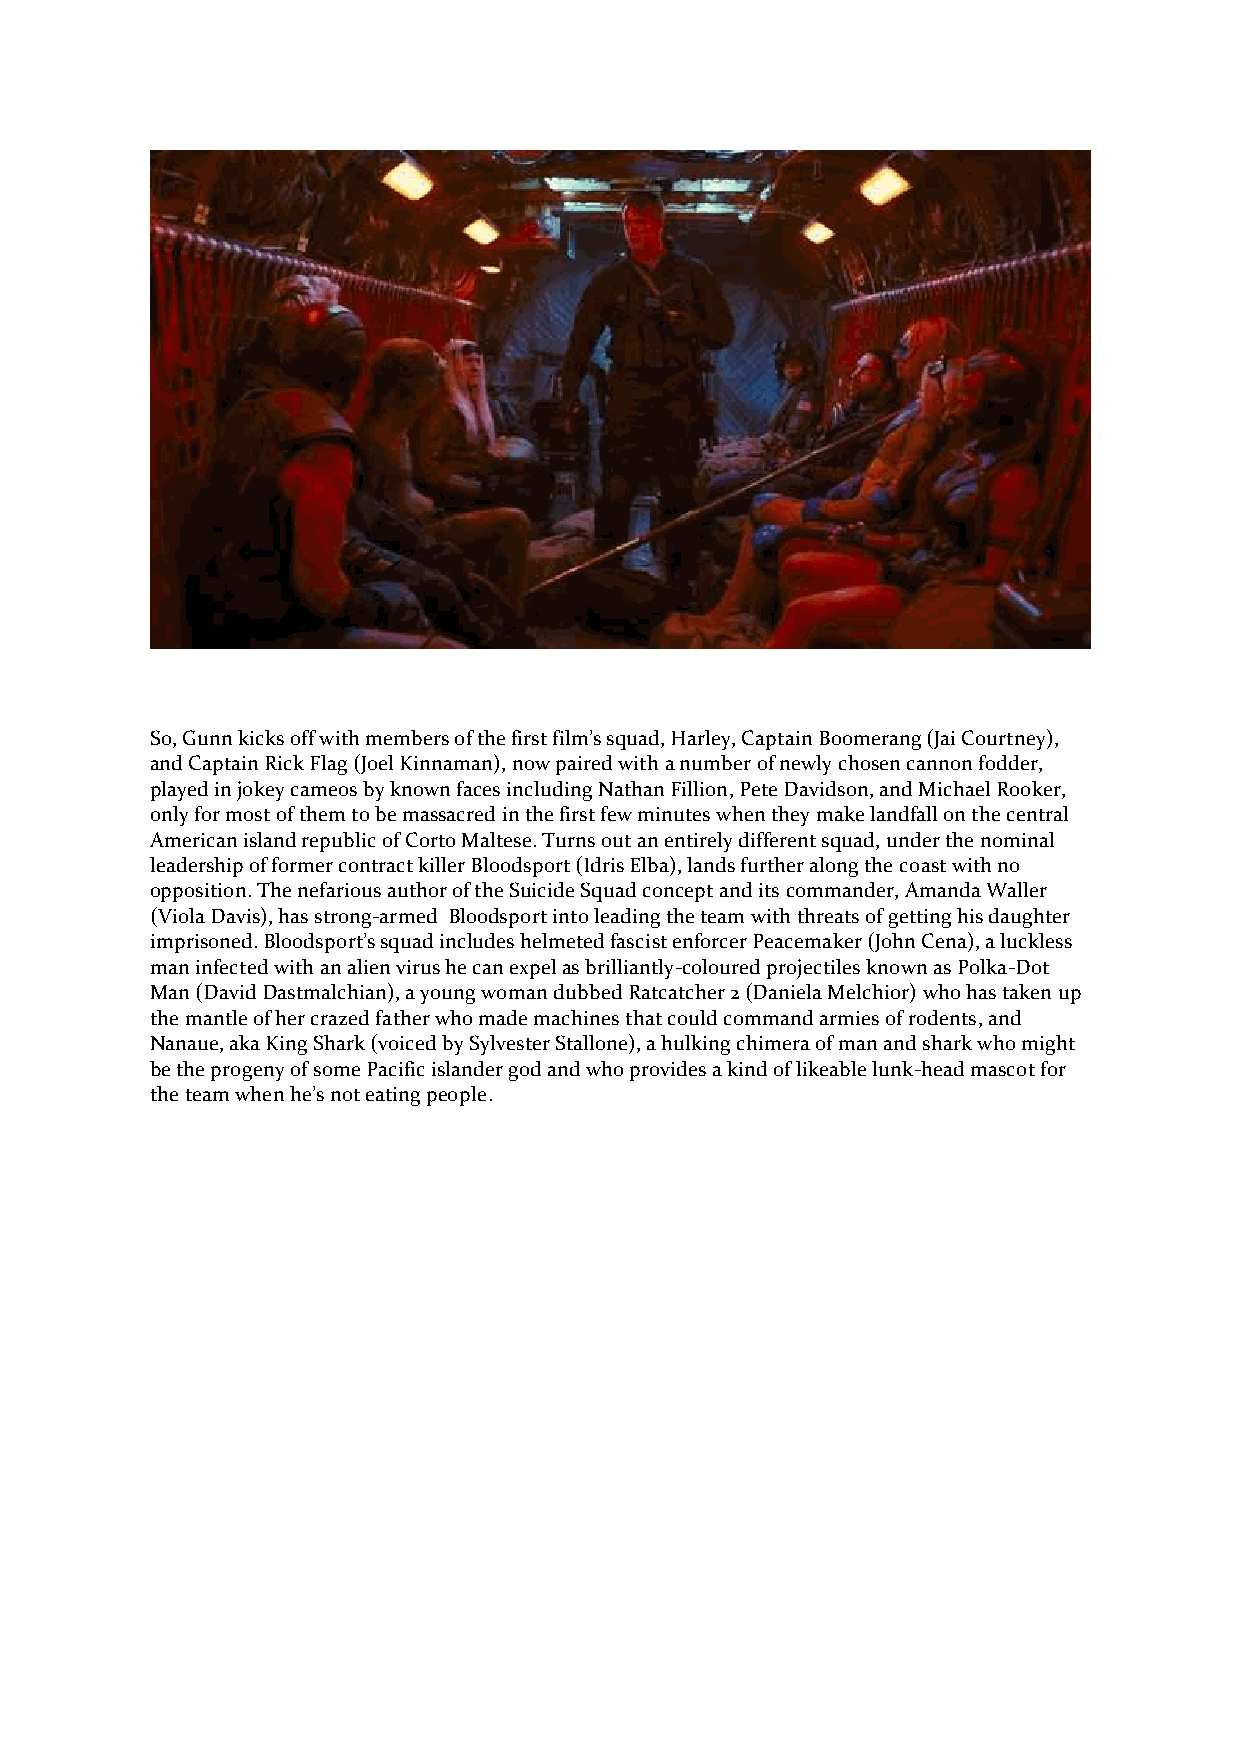
So, Gunn kicks off with members of the first film’s squad, Harley, Captain Boomerang (Jai Courtney),
 and Captain Rick Flag (Joel Kinnaman), now paired with a number of newly chosen cannon fodder,
 played in jokey cameos by known faces including Nathan Fillion, Pete Davidson, and Michael Rooker,
 only for most of them to be massacred in the first few minutes when they make landfall on the central
 American island republic of Corto Maltese. Turns out an entirely different squad, under the nominal
 leadership of former contract killer Bloodsport (Idris Elba), lands further along the coast with no
 opposition. The nefarious author of the Suicide Squad concept and its commander, Amanda Waller
 (Viola Davis), has strong-armed Bloodsport into leading the team with threats of getting his daughter
 imprisoned. Bloodsport’s squad includes helmeted fascist enforcer Peacemaker (John Cena), a luckless
 man infected with an alien virus he can expel as brilliantly-coloured projectiles known as Polka-Dot
 Man (David Dastmalchian), a young woman dubbed Ratcatcher 2 (Daniela Melchior) who has taken up
 the mantle of her crazed father who made machines that could command armies of rodents, and
 Nanaue, aka King Shark (voiced by Sylvester Stallone), a hulking chimera of man and shark who might
 be the progeny of some Pacific islander god and who provides a kind of likeable lunk-head mascot for
 the team when he’s not eating people.